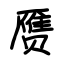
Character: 赝